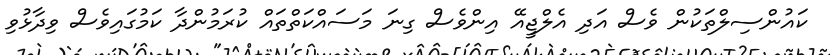
ކައުންސިލްތަކުން ވެސް އަދި އެލްޖީއޭ އިންވެސް ގިނަ މަސައްކަތްތައް ކުރަމުންދާ ކަމުގައިވެސް ވިދާޅުވި